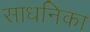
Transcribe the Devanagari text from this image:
साधनिका